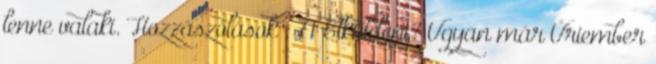
lenne valaki. Hozzászólások : 71 Elküldeni? Ugyan már Úriember